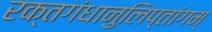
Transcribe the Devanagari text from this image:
रक्तगंधानुलिप्तांगम्